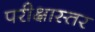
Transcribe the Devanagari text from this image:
परीक्षास्तर